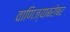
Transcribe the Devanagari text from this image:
वाणिज्याबरोबर